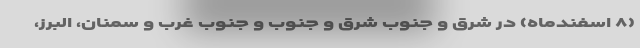
(۸ اسفندماه) در شرق و جنوب شرق و جنوب و جنوب غرب و سمنان، البرز،